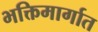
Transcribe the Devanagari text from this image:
भक्तिमार्गात